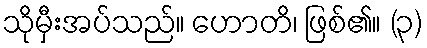
သိုမှီးအပ်သည်။ ဟောတိ၊ ဖြစ်၏။ (၃)